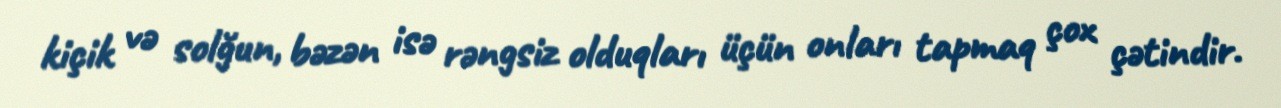
kiçik və solğun, bəzən isə rəngsiz olduqları üçün onları tapmaq çox çətindir.